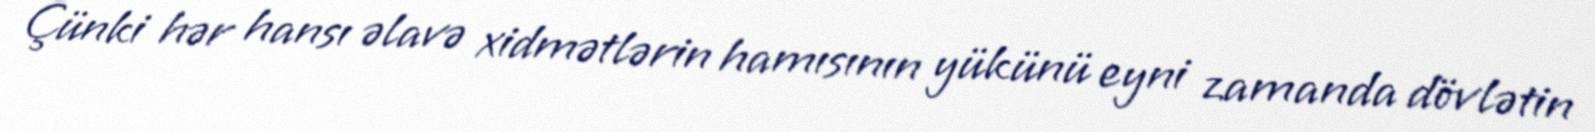
Çünki hər hansı əlavə xidmətlərin hamısının yükünü eyni zamanda dövlətin